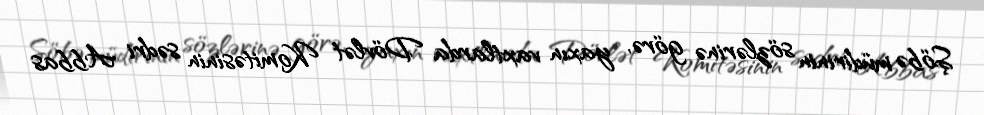
Şöbə müdirinin sözlərinə görə, yaxın vaxtlarda Dövlət Komitəsinin sədri Abbas